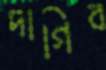
দাগিব